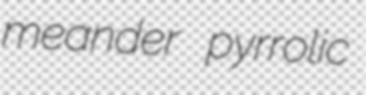
meander pyrrolic